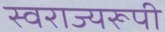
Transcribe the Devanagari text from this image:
स्वराज्यरूपी